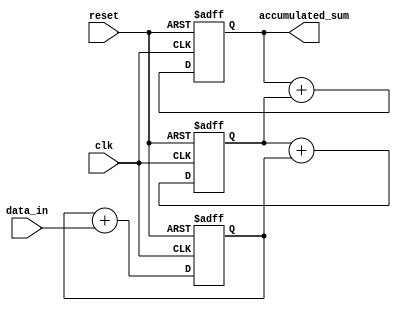
module cascaded_accumulator (
    input wire clk,
    input wire reset,
    input wire [7:0] data_in,
    output wire [31:0] accumulated_sum
);

reg [31:0] sum1, sum2, sum3;

always @(posedge clk or posedge reset) begin
    if (reset) begin
        sum1 <= 32'h00000000;
        sum2 <= 32'h00000000;
        sum3 <= 32'h00000000;
    end else begin
        sum1 <= sum1 + data_in;
        sum2 <= sum2 + sum1;
        sum3 <= sum3 + sum2;
    end
end

assign accumulated_sum = sum3;

endmodule